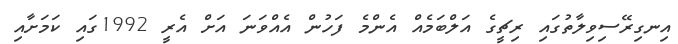
އިނގިރޭސިވިލާތުގައި ރިޗީގެ އަލްބަމެއް އެންމެ ފަހުން އެއްވަނަ އަށް އެރީ 1992ގައި ކަމަށާއި